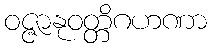
ဝဇ္ဇာနုဝတ္တိဂဟဏာ